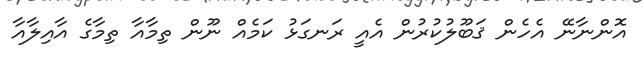
އޮންނާނޭ އެހެން ޤަބޫލުކުރުން އެއީ ރަނގަޅު ކަމެއް ނޫން ތިމާއާ ތިމާގެ އާއިލާއާ